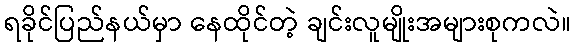
ရခိုင်ပြည်နယ်မှာ နေထိုင်တဲ့ ချင်းလူမျိုးအများစုကလဲ။